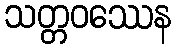
သတ္တဝဿေန